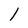
Character: l